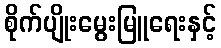
စိုက်ပျိုးမွေးမြူရေးနှင့်